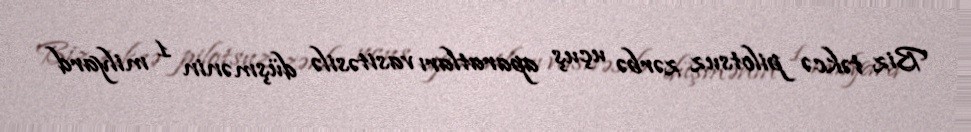
Biz təkcə pilotsuz zərbə uçuş aparatları vasitəsilə düşmənin 1 milyard